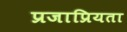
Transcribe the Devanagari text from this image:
प्रजाप्रियता